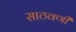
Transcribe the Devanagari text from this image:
साठवणी